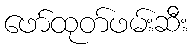
ဖော်ထုတ်ဖမ်းဆီး